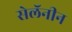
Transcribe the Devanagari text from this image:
सेलॅनीन